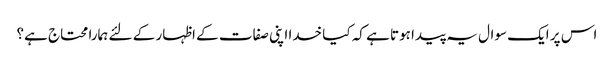
اس پر ایک سوال یہ پیدا ہوتا ہے کہ کیا خدا اپنی صفات کے اظہار کے لئے ہمارا محتاج ہے؟